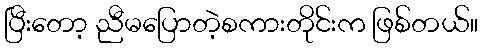
ပြီးတော့ ညီမပြောတဲ့စကားတိုင်းက ဖြစ်တယ်။